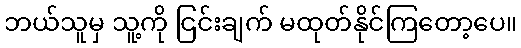
ဘယ်သူမှ သူ့ကို ငြင်းချက် မထုတ်နိုင်ကြတော့ပေ။